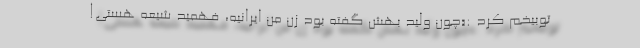
توبیخم کرد :«چون ولید بهش گفته بود زن من ایرانیه، فهمید شیعه هستی!